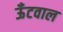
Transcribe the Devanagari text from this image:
ऊँटवाल